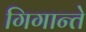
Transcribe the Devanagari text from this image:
गिगान्ते